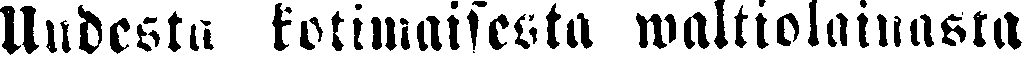
Uudesta kotimaisesta waltiolainasta